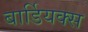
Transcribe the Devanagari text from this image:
बार्डियक्स